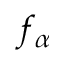
f _ { \alpha }